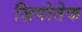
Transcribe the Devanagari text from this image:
ज़िपोतेक